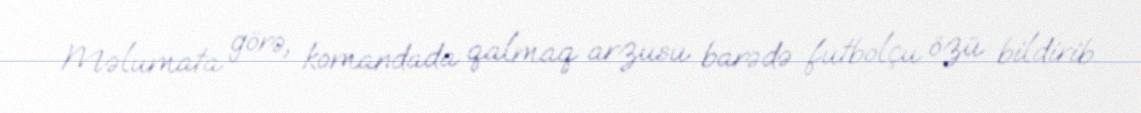
Məlumata görə, komandada qalmaq arzusu barədə futbolçu özü bildirib.